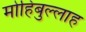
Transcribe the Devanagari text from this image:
मोहिबुल्लाह